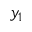
y _ { 1 }